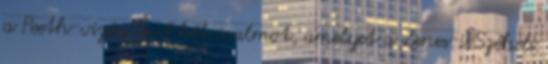
a Peeth-vizén levő két malmot, amelyet a Zenes-i Széheli